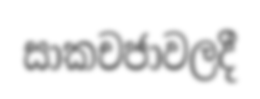
සාකචජාවලදී